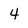
Character: 4